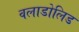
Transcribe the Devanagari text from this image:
वलाडोलिड